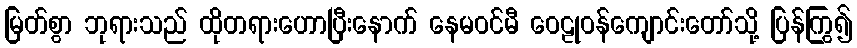
မြတ်စွာ ဘုရားသည် ထိုတရားဟောပြီးနောက် နေမဝင်မီ ဝေဠုဝန်ကျောင်းတော်သို့ ပြန်ကြွ၍